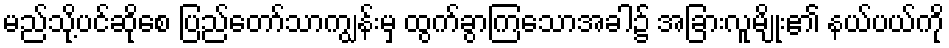
မည်သို့ပင်ဆိုစေ ပြည်တော်သာကျွန်းမှ ထွက်ခွာကြသောအခါ၌ အခြားလူမျိုး၏ နယ်ပယ်ကို